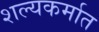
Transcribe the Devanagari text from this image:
शल्यकर्मात